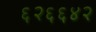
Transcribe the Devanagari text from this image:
६२६६४२